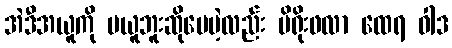
အဲဒီအယူကို မယူဘူးဆိုပေမဲ့လည်း မိရိုးဖလာ ထေရ ဝါဒ